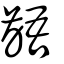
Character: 齬